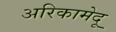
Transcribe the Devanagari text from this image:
अरिकामेदू